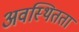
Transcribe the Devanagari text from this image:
अवस्थितता